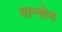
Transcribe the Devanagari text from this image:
यान्सेन